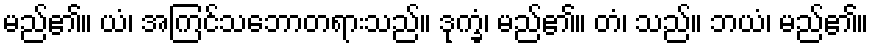
မည်၏။ ယံ၊ အကြင်သဘောတရားသည်။ ဒုက္ခံ၊ မည်၏။ တံ၊ သည်။ ဘယံ၊ မည်၏။